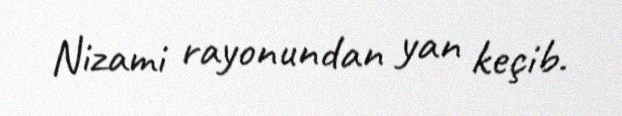
Nizami rayonundan yan keçib.